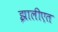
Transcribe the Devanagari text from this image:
झालीएत